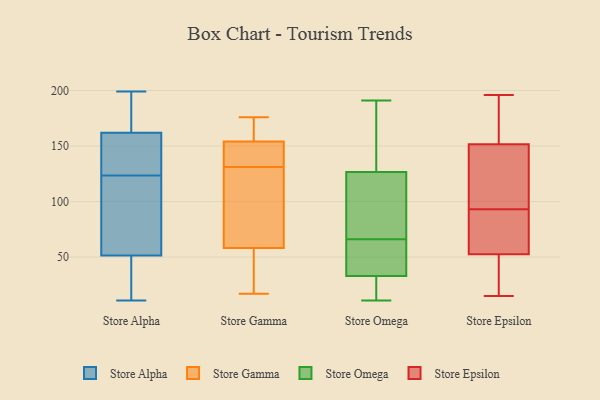
{"axis": {"x": "Inventory Turnover", "y": "Value"}, "legend": ["Store Alpha", "Store Epsilon", "Store Gamma", "Store Omega"], "data": [{"x": "", "y": 25, "type": "Store Alpha"}, {"x": "", "y": 155, "type": "Store Alpha"}, {"x": "", "y": 121, "type": "Store Alpha"}, {"x": "", "y": 95, "type": "Store Alpha"}, {"x": "", "y": 31, "type": "Store Alpha"}, {"x": "", "y": 163, "type": "Store Alpha"}, {"x": "", "y": 171, "type": "Store Alpha"}, {"x": "", "y": 199, "type": "Store Alpha"}, {"x": "", "y": 126, "type": "Store Alpha"}, {"x": "", "y": 183, "type": "Store Alpha"}, {"x": "", "y": 177, "type": "Store Alpha"}, {"x": "", "y": 99, "type": "Store Alpha"}, {"x": "", "y": 161, "type": "Store Alpha"}, {"x": "", "y": 60, "type": "Store Alpha"}, {"x": "", "y": 23, "type": "Store Alpha"}, {"x": "", "y": 154, "type": "Store Alpha"}, {"x": "", "y": 100, "type": "Store Alpha"}, {"x": "", "y": 11, "type": "Store Alpha"}, {"x": "", "y": 43, "type": "Store Alpha"}, {"x": "", "y": 128, "type": "Store Alpha"}, {"x": "", "y": 126, "type": "Store Gamma"}, {"x": "", "y": 47, "type": "Store Gamma"}, {"x": "", "y": 168, "type": "Store Gamma"}, {"x": "", "y": 163, "type": "Store Gamma"}, {"x": "", "y": 136, "type": "Store Gamma"}, {"x": "", "y": 62, "type": "Store Gamma"}, {"x": "", "y": 131, "type": "Store Gamma"}, {"x": "", "y": 176, "type": "Store Gamma"}, {"x": "", "y": 85, "type": "Store Gamma"}, {"x": "", "y": 141, "type": "Store Gamma"}, {"x": "", "y": 39, "type": "Store Gamma"}, {"x": "", "y": 151, "type": "Store Gamma"}, {"x": "", "y": 17, "type": "Store Gamma"}, {"x": "", "y": 85, "type": "Store Omega"}, {"x": "", "y": 46, "type": "Store Omega"}, {"x": "", "y": 11, "type": "Store Omega"}, {"x": "", "y": 64, "type": "Store Omega"}, {"x": "", "y": 18, "type": "Store Omega"}, {"x": "", "y": 174, "type": "Store Omega"}, {"x": "", "y": 65, "type": "Store Omega"}, {"x": "", "y": 36, "type": "Store Omega"}, {"x": "", "y": 69, "type": "Store Omega"}, {"x": "", "y": 168, "type": "Store Omega"}, {"x": "", "y": 21, "type": "Store Omega"}, {"x": "", "y": 32, "type": "Store Omega"}, {"x": "", "y": 30, "type": "Store Omega"}, {"x": "", "y": 66, "type": "Store Omega"}, {"x": "", "y": 162, "type": "Store Omega"}, {"x": "", "y": 92, "type": "Store Omega"}, {"x": "", "y": 76, "type": "Store Omega"}, {"x": "", "y": 138, "type": "Store Omega"}, {"x": "", "y": 191, "type": "Store Omega"}, {"x": "", "y": 168, "type": "Store Epsilon"}, {"x": "", "y": 183, "type": "Store Epsilon"}, {"x": "", "y": 109, "type": "Store Epsilon"}, {"x": "", "y": 194, "type": "Store Epsilon"}, {"x": "", "y": 36, "type": "Store Epsilon"}, {"x": "", "y": 54, "type": "Store Epsilon"}, {"x": "", "y": 90, "type": "Store Epsilon"}, {"x": "", "y": 67, "type": "Store Epsilon"}, {"x": "", "y": 95, "type": "Store Epsilon"}, {"x": "", "y": 51, "type": "Store Epsilon"}, {"x": "", "y": 15, "type": "Store Epsilon"}, {"x": "", "y": 103, "type": "Store Epsilon"}, {"x": "", "y": 97, "type": "Store Epsilon"}, {"x": "", "y": 33, "type": "Store Epsilon"}, {"x": "", "y": 60, "type": "Store Epsilon"}, {"x": "", "y": 145, "type": "Store Epsilon"}, {"x": "", "y": 91, "type": "Store Epsilon"}, {"x": "", "y": 158, "type": "Store Epsilon"}, {"x": "", "y": 196, "type": "Store Epsilon"}, {"x": "", "y": 28, "type": "Store Epsilon"}]}